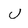
Character: U